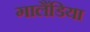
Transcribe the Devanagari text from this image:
गालैंडिया